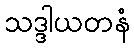
သဒ္ဒါယတနံ